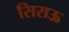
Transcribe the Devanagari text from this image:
सिराऊ